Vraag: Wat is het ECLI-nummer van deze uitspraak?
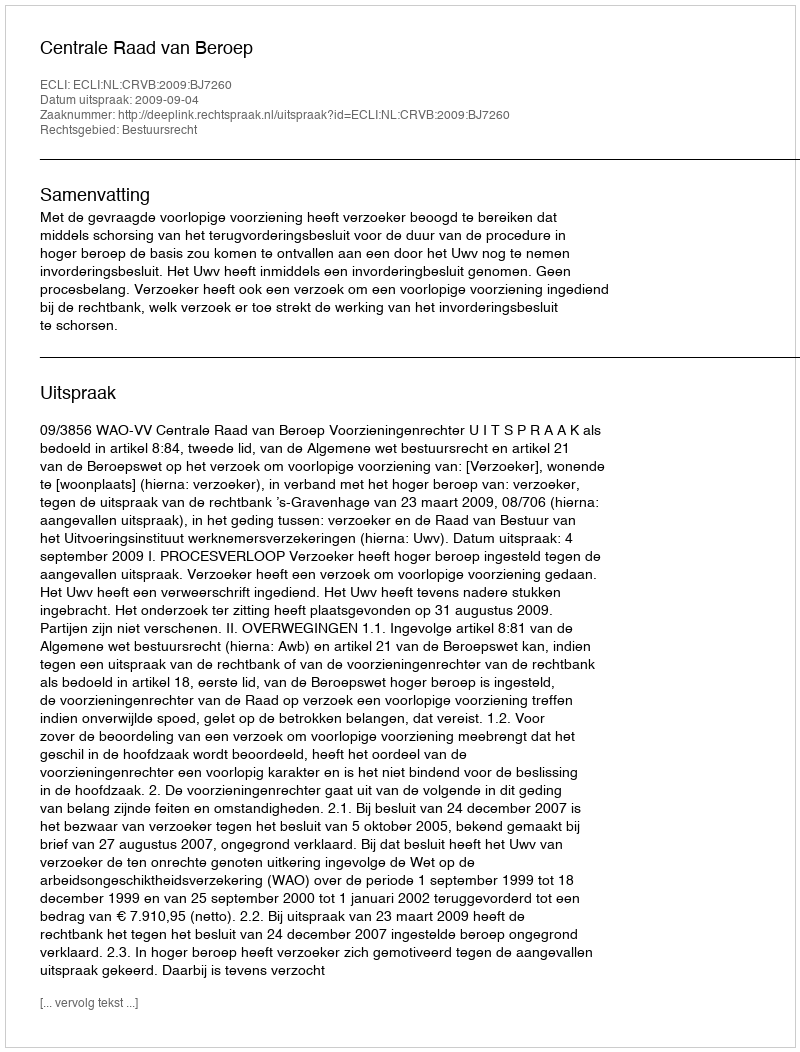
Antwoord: ECLI:NL:CRVB:2009:BJ7260